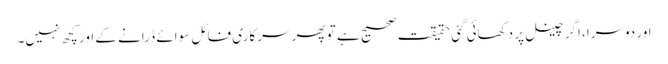
اور دوسرا، اگر چینل پر دکھائی گئی حقیقت صحیح ہے تو پھر سرکاری فائل سوائے ڈرانے کے اور کچھ نہیں۔